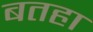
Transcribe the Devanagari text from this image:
बतहा